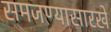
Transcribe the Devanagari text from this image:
समजण्यासारखे